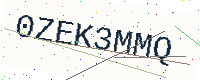
Text: 0ZEK3MMQ